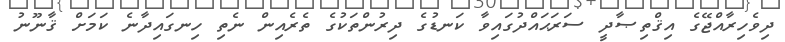
ދިވެހިރާއްޖޭގެ އިޤްތިޞާދީ ސަރަޙައްދުގައިވާ ކަނޑުގެ ދިރުންތަކުގެ ތެރެއިން ނެތި ހިނގައިދާނެ ކަމަށް ޤާނޫނު